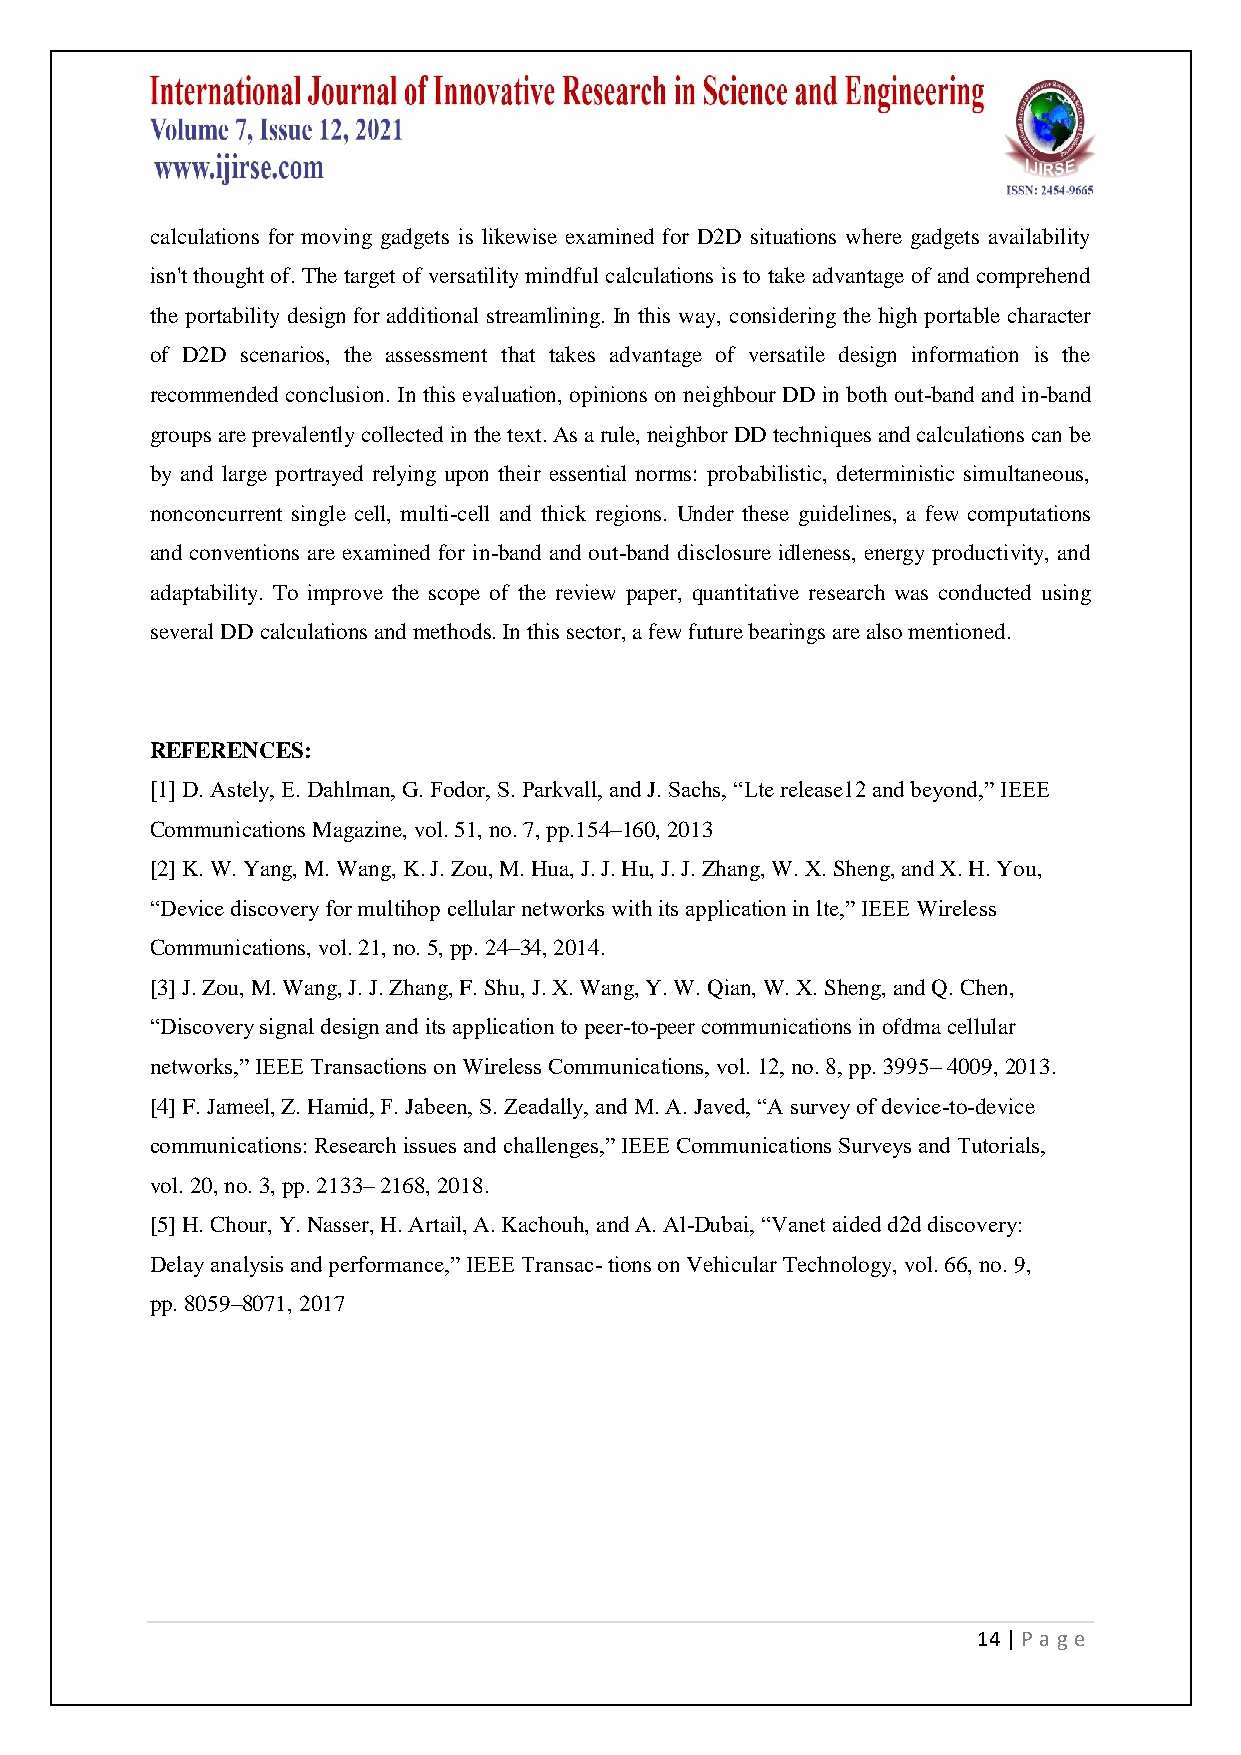
calculations for moving gadgets is likewise examined for D2D situations where gadgets availability
 isn't thought of. The target of versatility mindful calculations is to take advantage of and comprehend
 the portability design for additional streamlining. In this way, considering the high portable character
 of D2D scenarios, the assessment that takes advantage of versatile design information is the
 recommended conclusion. In this evaluation, opinions on neighbour DD in both out-band and in-band
 groups are prevalently collected in the text. As a rule, neighbor DD techniques and calculations can be
 by and large portrayed relying upon their essential norms: probabilistic, deterministic simultaneous,
 nonconcurrent single cell, multi-cell and thick regions. Under these guidelines, a few computations
 and conventions are examined for in-band and out-band disclosure idleness, energy productivity, and
 adaptability. To improve the scope of the review paper, quantitative research was conducted using
 several DD calculations and methods. In this sector, a few future bearings are also mentioned.
 REFERENCES:
 [1] D. Astely, E. Dahlman, G. Fodor, S. Parkvall, and J. Sachs, “Lte release12 and beyond,” IEEE
 Communications Magazine, vol. 51, no. 7, pp.154–160, 2013
 [2] K. W. Yang, M. Wang, K. J. Zou, M. Hua, J. J. Hu, J. J. Zhang, W. X. Sheng, and X. H. You,
 “Device discovery for multihop cellular networks with its application in lte,” IEEE Wireless
 Communications, vol. 21, no. 5, pp. 24–34, 2014.
 [3] J. Zou, M. Wang, J. J. Zhang, F. Shu, J. X. Wang, Y. W. Qian, W. X. Sheng, and Q. Chen,
 “Discovery signal design and its application to peer-to-peer communications in ofdma cellular
 networks,” IEEE Transactions on Wireless Communications, vol. 12, no. 8, pp. 3995– 4009, 2013.
 [4] F. Jameel, Z. Hamid, F. Jabeen, S. Zeadally, and M. A. Javed, “A survey of device-to-device
 communications: Research issues and challenges,” IEEE Communications Surveys and Tutorials,
 vol. 20, no. 3, pp. 2133– 2168, 2018.
 [5] H. Chour, Y. Nasser, H. Artail, A. Kachouh, and A. Al-Dubai, “Vanet aided d2d discovery:
 Delay analysis and performance,” IEEE Transac- tions on Vehicular Technology, vol. 66, no. 9,
 pp. 8059–8071, 2017
 14 | P age